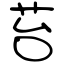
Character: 苔